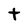
Character: t